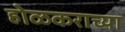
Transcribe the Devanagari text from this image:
होळकराच्या